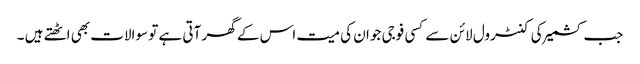
جب کشمیر کی کنٹرول لائن سے کسی فوجی جوان کی میت اس کے گھر آتی ہے تو سوالات بھی اٹھتے ہیں ۔